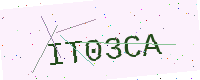
Text: IT03CA